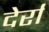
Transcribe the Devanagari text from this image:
देर्रा